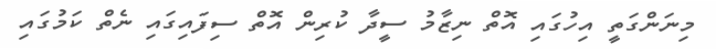
މިނަންގަތީ އިހުގައި އޮތް ނިޒާމު ސީދާ ކުރިން އޮތް ސިފައިގައި ނެތް ކަމުގައި